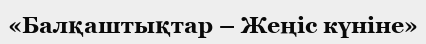
«Балқаштықтар – Жеңіс күніне»